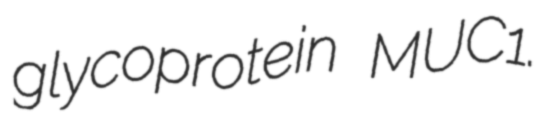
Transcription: glycoprotein MUC1.